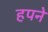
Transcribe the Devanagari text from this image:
हपने